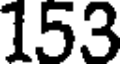
153